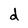
Character: d